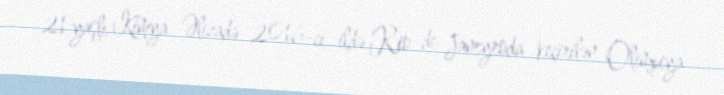
21 yaşlı Kimya Əlizadə 2016-cı ildə Rio de Janeyroda keçirilən Olimpiya